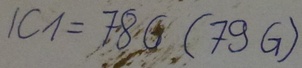
Text: IC1=78G(79G)